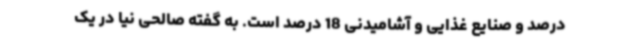
درصد و صنایع غذایی و آشامیدنی 18 درصد است. به گفته صالحی نیا در یک